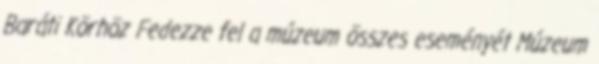
Baráti Körhöz Fedezze fel a múzeum összes eseményét Múzeum